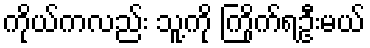
ကိုယ်ကလည်း သူ့ကို ကြိုက်ရဦးမယ်